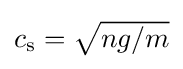
{\textstyle c_{\mathrm {s} }={\sqrt {ng/m}}}